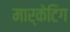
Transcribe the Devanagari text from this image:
मार्केटिग